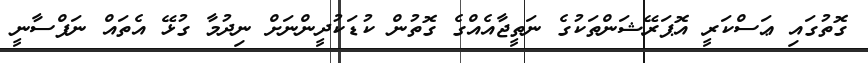
ގޮތުގައި ޢަސްކަރީ އޮޕަރޭޝަންތަކުގެ ނަތީޖާއެއްގެ ގޮތުން ކުޑަކުދީންނަށް ނިދުމާ ގުޅޭ އެތައް ނަފްސާނީ